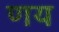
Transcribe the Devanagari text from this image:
णय